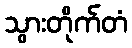
သွားတိုက်တံ